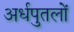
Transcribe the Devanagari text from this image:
अर्धपुतलों